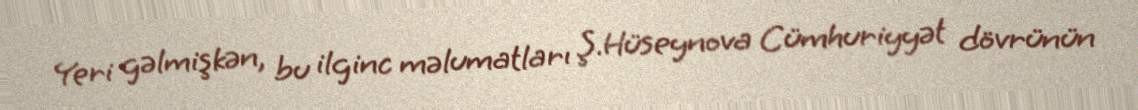
Yeri gəlmişkən, bu ilginc məlumatları Ş.Hüseynova Cümhuriyyət dövrünün